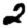
Digit: 2